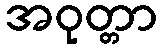
အဝုတ္တာ